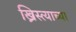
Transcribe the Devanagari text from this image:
ख्रिस्त्याच्या